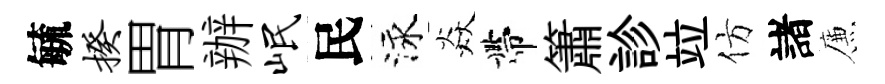
毓揆胃辦岷民泳焱帶簫診竝仿諸簾